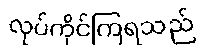
လုပ်ကိုင်ကြရသည်